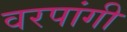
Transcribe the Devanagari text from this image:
वरपांगी